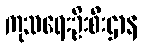
ကုသရေးဦးစီးဌာန